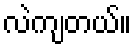
လဲကျတယ်။